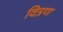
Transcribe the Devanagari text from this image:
वित्रण